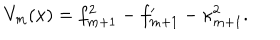
V _ { m } ( x ) = f _ { m + 1 } ^ { 2 } - f _ { m + 1 } ^ { \prime } - \kappa _ { m + 1 } ^ { 2 } .